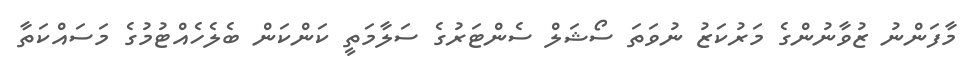
މާފަންނު ޒުވާނުންގެ މަރުކަޒު ނުވަތަ ސޯޝަލް ސެންޓަރުގެ ސަލާމަތީ ކަންކަން ބެލެހެއްޓުމުގެ މަސައްކަތާ